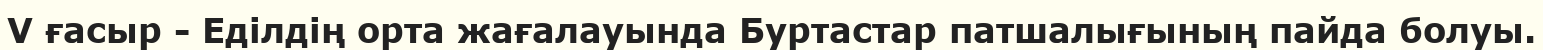
V ғасыр - Еділдің орта жағалауында Буртастар патшалығының пайда болуы.